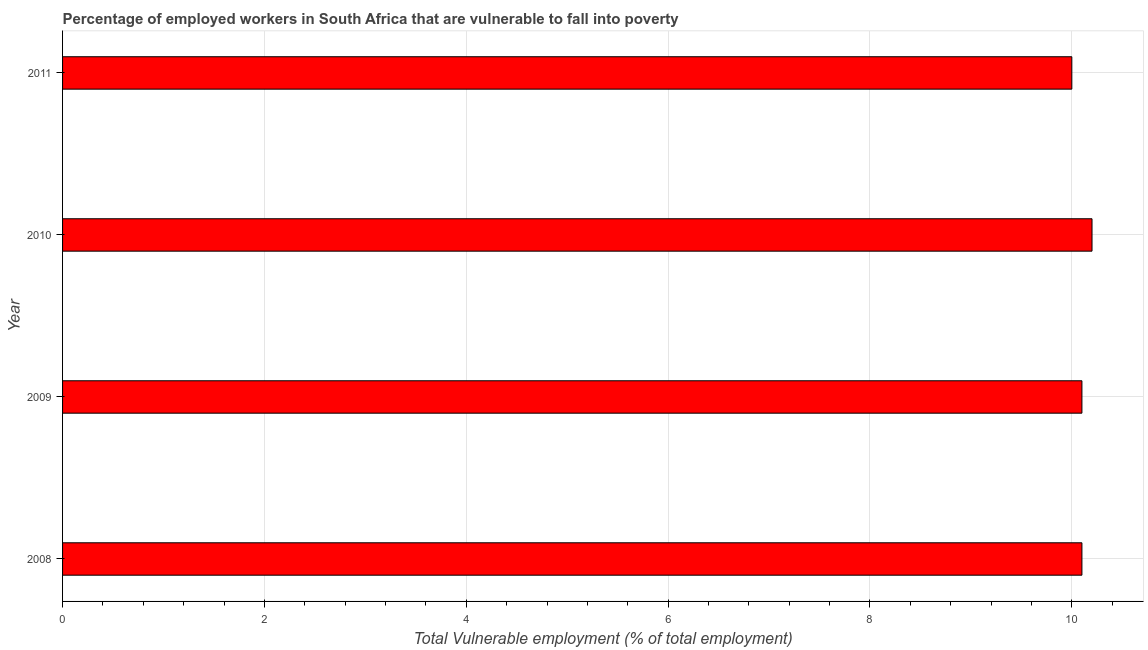
| Year | Vulnerable employment |
 | --- | --- |
 | 2008 | 10.1 |
 | 2009 | 10.1 |
 | 2010 | 10.2 |
 | 2011 | 10 |